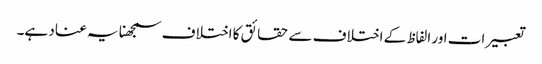
تعبیرات اور الفاظ کے اختلاف سے حقائق کا اختلاف سمجھنا یہ عناد ہے۔